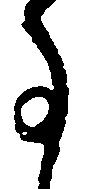
事